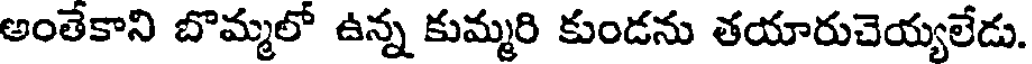
అంతేకాని బొమ్మలో ఉన్న కుమ్మరి కుండను తయారుచెయ్యలేడు.